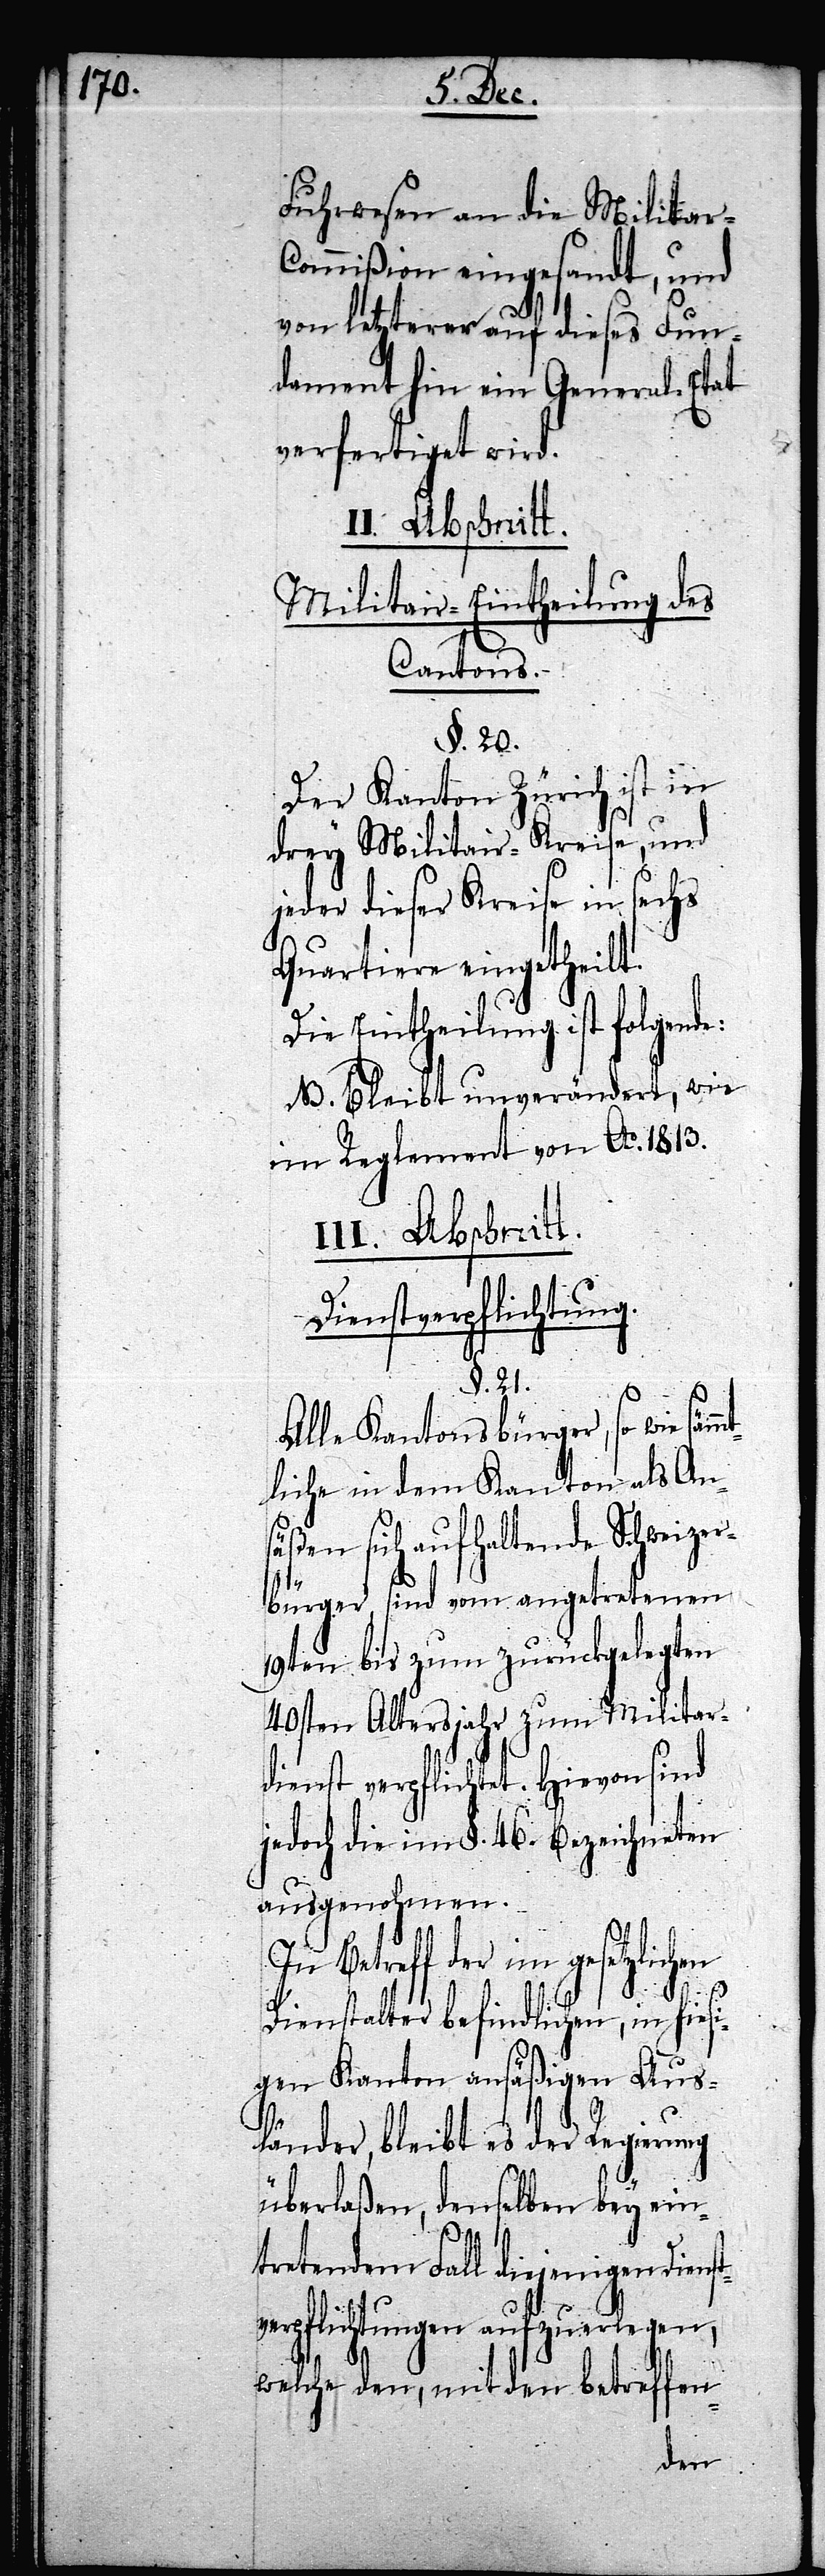
Fuhrwesen an die Militar-C¬
ommißion eingesandt, und
von letzterer auf dieses Fun¬
dament hin ein General-Etat
verfertiget wird.
Abschnitt.
Militair-Eintheilung des
Cantons.
§. 20.
Der Kanton Zürich ist in
drey Militair-Kreise, und
jeder dieser Kreise in sechs
Quartiere eingetheilt.
Die Eintheilung ist folgende:
B. bleibt unverändert, wie
im Reglement von Ao. 1813.
Dienstverpflichtung¬
§. 21.
Alle Kantonsbürger, so wie säm¬
mtliche in dem Kanton als Ans¬
en aufzuerlegen,
bürger, sind vom angetretenen
19ten bis zum zurückgelegten
40sten Altersjahr zum Militar¬
dienst verpflichtet. Hievon sind
jedoch die im §. 46. bezeichneten
ausgenohmen.
In Betreff der im gesetzlichen
Dienstalter befindlichen, in hiesi¬
gen Kanton ansäßigen Aus¬
länder, bleibt es der Regierung
überlaßen, denselben bey ein¬
tretendem Fall diejenigen
welche den, mit den betreffen-
äßen